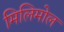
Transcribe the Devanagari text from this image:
मिलिमोल